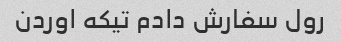
رول سفارش دادم تیکه اوردن